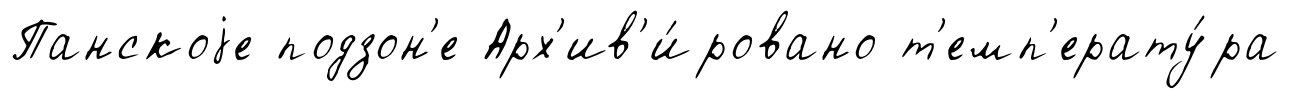
Панскоjе подзон'е Арх'ив'и́ровано т'емп'ерату́ра